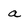
Character: a